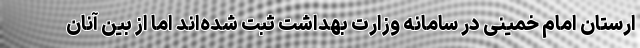
ارستان امام خمینی در سامانه وزارت بهداشت ثبت شده‌اند اما از بین آنان